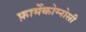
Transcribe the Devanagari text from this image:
फ़ार्मेकोग्नोसी